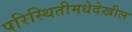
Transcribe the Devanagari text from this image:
परिस्थितीमधेदेखील